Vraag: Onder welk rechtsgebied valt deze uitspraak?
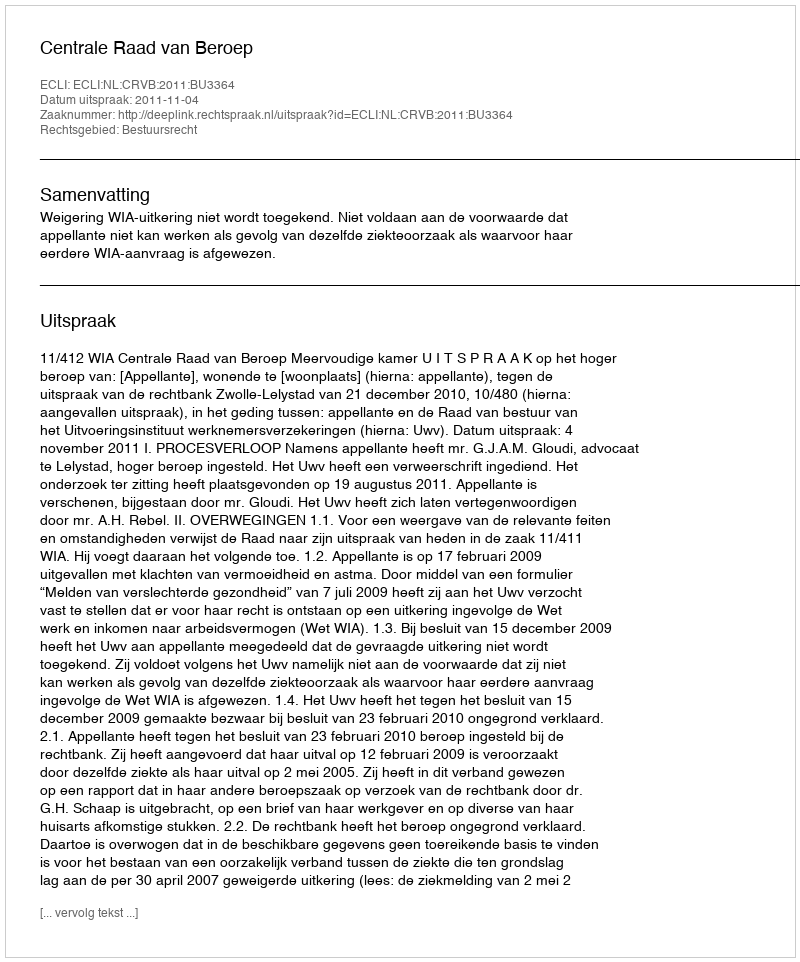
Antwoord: Bestuursrecht